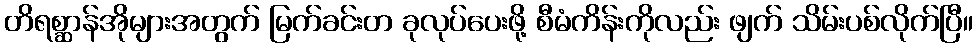
တိရစ္ဆာန်အိုများအတွက် မြက်ခင်းတ ခုလုပ်ပေးဖို့ စီမံကိန်းကိုလည်း ဖျက် သိမ်းပစ်လိုက်ပြီ။